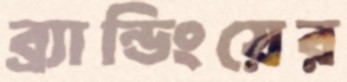
ব্র্যান্ডিংয়ের